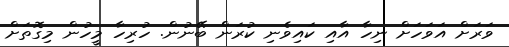
ވަރަށް އަވަހަށް ނިހާ އާއި ކައިވެނި ކުރަން ބޭނުން. ހުރިހާ މީހުން މިގޮތަށް